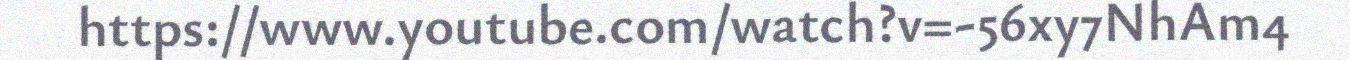
https://www.youtube.com/watch?v=-56xy7NhAm4